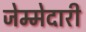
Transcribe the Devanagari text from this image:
जेम्मेदारी